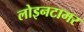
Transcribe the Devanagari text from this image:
लोइनटामर